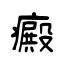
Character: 癜